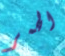
الحمر